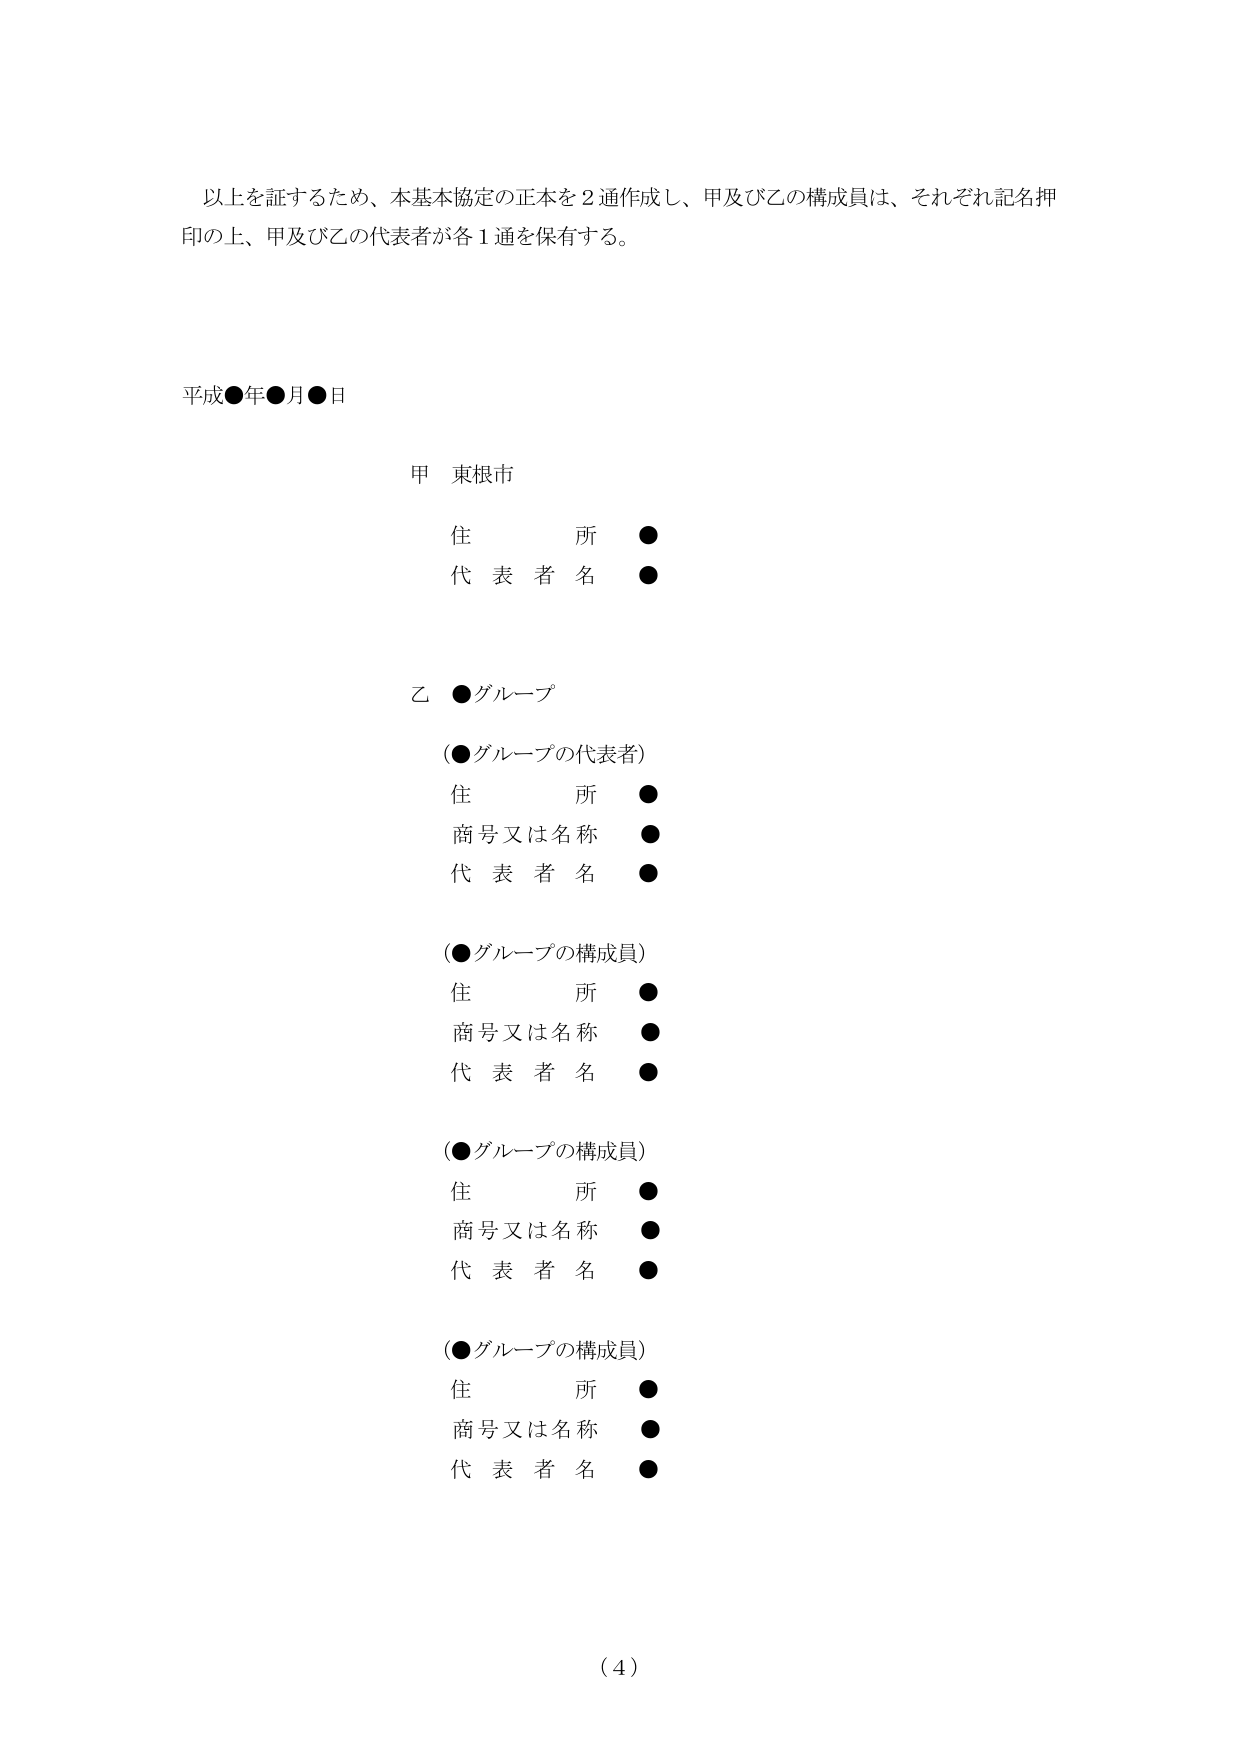
以上を証するため、本基本協定の正本を２通作成し、甲及び乙の構成員は、それぞれ記名押印の上、甲及び乙の代表者が各１通を保有する。

平成●年●月●日

甲 東根市
　　住　　　所　●
　　代 表 者 名　●

乙 ●グループ
　　（●グループの代表者）
　　　住　　　所　●
　　　商号又は名称　●
　　　代 表 者 名　●

　　（●グループの構成員）
　　　住　　　所　●
　　　商号又は名称　●
　　　代 表 者 名　●

　　（●グループの構成員）
　　　住　　　所　●
　　　商号又は名称　●
　　　代 表 者 名　●

　　（●グループの構成員）
　　　住　　　所　●
　　　商号又は名称　●
　　　代 表 者 名　●

（4）